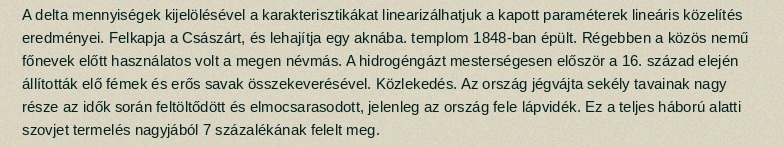
A delta mennyiségek kijelölésével a karakterisztikákat linearizálhatjuk a kapott paraméterek lineáris közelítés eredményei. Felkapja a Császárt, és lehajítja egy aknába. templom 1848-ban épült. Régebben a közös nemű főnevek előtt használatos volt a megen névmás. A hidrogéngázt mesterségesen először a 16. század elején állították elő fémek és erős savak összekeverésével. Közlekedés. Az ország jégvájta sekély tavainak nagy része az idők során feltöltődött és elmocsarasodott, jelenleg az ország fele lápvidék. Ez a teljes háború alatti szovjet termelés nagyjából 7 százalékának felelt meg.